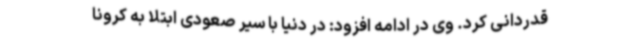
قدردانی کرد. وی در ادامه افزود: در دنیا با سیر صعودی ابتلا به کرونا